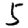
Digit: 5